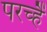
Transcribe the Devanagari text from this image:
परच्हैं